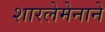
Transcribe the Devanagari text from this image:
शारलेमेनाने